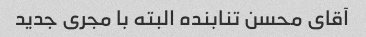
آقای محسن تنابنده البته با مجری جدید